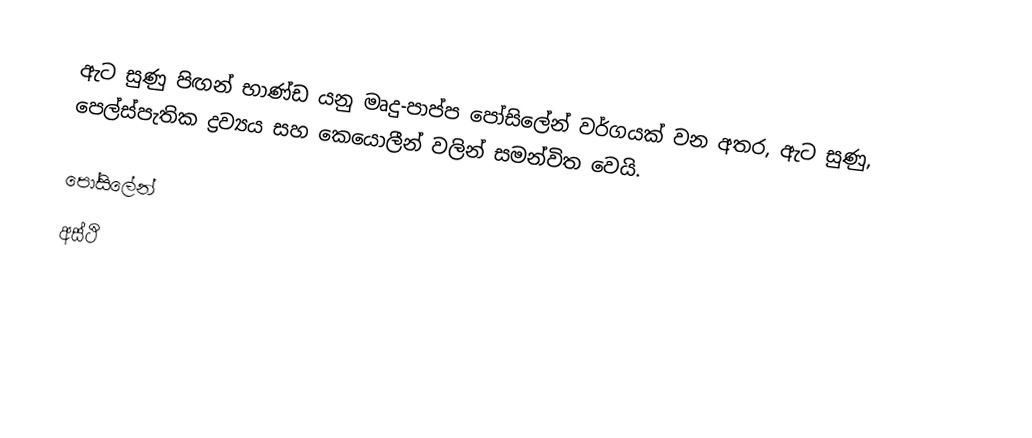
ඇට සුණු පිඟන් භාණ්ඩ යනු  මෘදු-පාප්ප පෝසිලේන් වර්ගයක් වන අතර,  ඇට සුණු, පෙල්ස්පැතික ද්‍රව්‍යය සහ කෙයොලීන් වලින් සමන්විත වෙයි.

පෝසිලේන්
අස්ථි